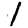
Digit: 1